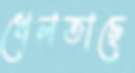
খেলতাছে